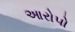
આરોપો